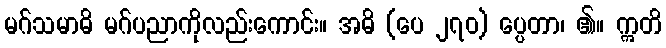
မဂ်သမာဓိ မဂ်ပညာကိုလည်းကောင်း။ အဓိ (ပေ ၂၇၀) ပ္ပေတာ၊ ၏။ ဣတိ